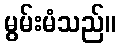
မွမ်းမံသည်။